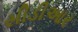
સીડીઆર